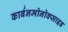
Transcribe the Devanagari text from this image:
कार्बनमोनोक्साइड